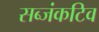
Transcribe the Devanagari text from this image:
सब्जंकटिव